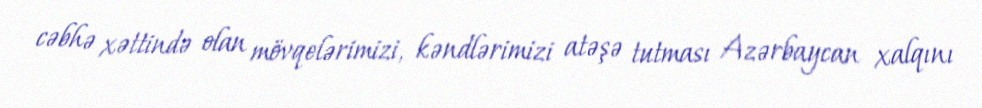
cəbhə xəttində olan mövqelərimizi, kəndlərimizi atəşə tutması Azərbaycan xalqını